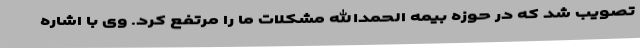
تصویب شد که در حوزه بیمه الحمدالله مشکلات ما را مرتفع کرد. وی با اشاره